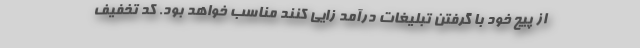
از پیج خود با گرفتن تبلیغات درآمد زایی کنند مناسب خواهد بود. کد تخفیف